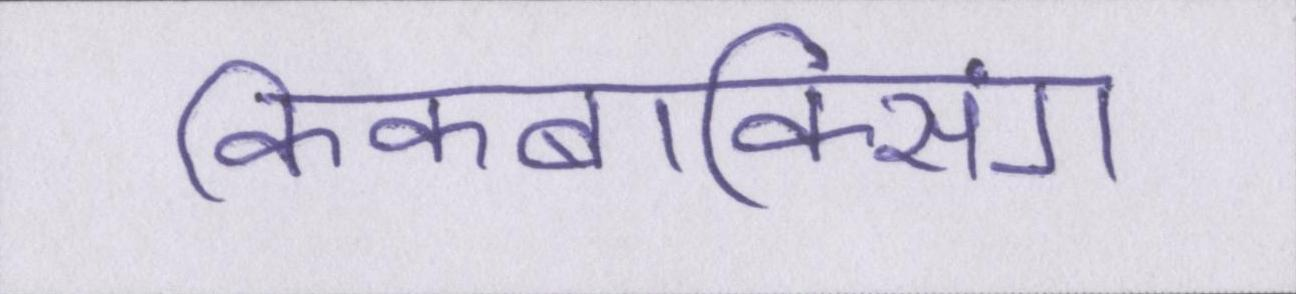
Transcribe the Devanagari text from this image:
किकबॉक्सिंग